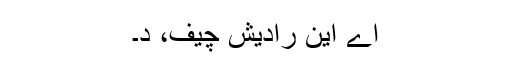
اے این رادیش چیف، د۔